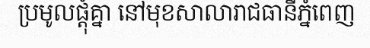
ប្រមូលផ្តុំគ្នា នៅមុខសាលារាជធានីភ្នំពេញ